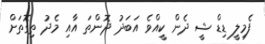
ފެމިލީ ޑިޑް ޝީ ދެން ކީއްވެ އަބަދު ދޮންތަ އާއި މެދު ތިގޮތަށް